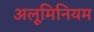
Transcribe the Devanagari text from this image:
अलूमिनियम